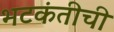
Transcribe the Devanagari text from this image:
भटकंतीची